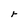
Character: r